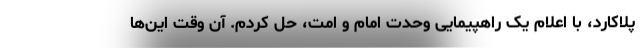
پلاکارد، با اعلام یک راهپیمایی وحدت امام و امت، حل کردم. آن وقت این‌ها